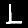
Digit: 1